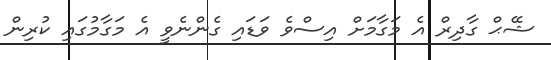
ޝޭޙް ގާދިރް އެ މަގާމަަށް އިސްވެ ވަޑައި ގެންނެވީ އެ މަގާމުގައި ކުރިން